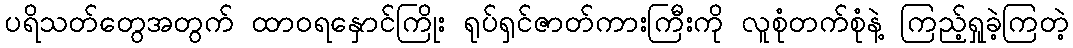
ပရိသတ်တွေအတွက် ထာဝရနှောင်ကြိုး ရုပ်ရှင်ဇာတ်ကားကြီးကို လူစုံတက်စုံနဲ့ ကြည့်ရှုခဲ့ကြတဲ့